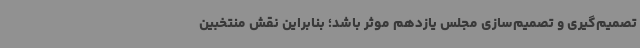
تصمیم‌گیری و تصمیم‌سازی مجلس یازدهم موثر باشد؛ بنابراین نقش منتخبین